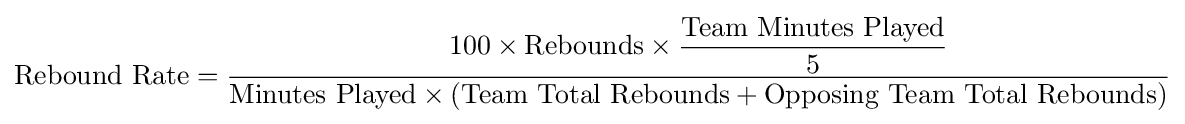
{\text{Rebound Rate}}={\dfrac {100\times {\text{Rebounds}}\times {\dfrac {\text{Team Minutes Played}}{5}}}{{\text{Minutes Played}}\times \left({\text{Team Total Rebounds}}+{\text{Opposing Team Total Rebounds}}\right)}}